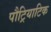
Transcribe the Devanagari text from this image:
पौट्रियाटिक